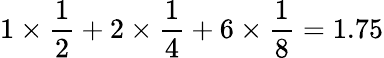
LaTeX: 1\times\frac{1}{2}+2\times\frac{1}{4}+6\times\frac{1}{8}=1.75